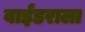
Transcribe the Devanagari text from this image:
बाईंडराला